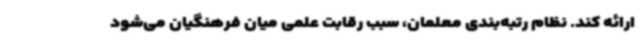
ارائه کند. نظام رتبه‌بندی معلمان، سبب رقابت علمی میان فرهنگیان می‌شود